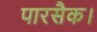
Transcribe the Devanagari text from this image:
पारसैक।